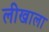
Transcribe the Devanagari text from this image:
लीखाला